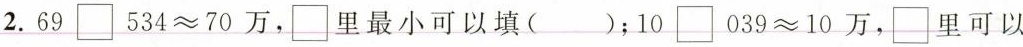
2. 69 \Box 534≈70万，\Box 里最小可以填( )；10 \Box 039≈10万，\Box 里可以